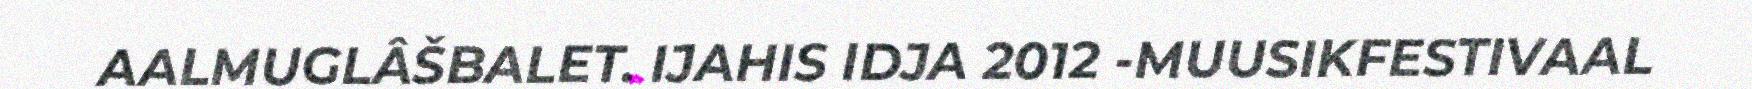
AALMUGLÂŠBALET. IJAHIS IDJA 2012 -MUUSIKFESTIVAAL